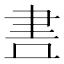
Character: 𮌃